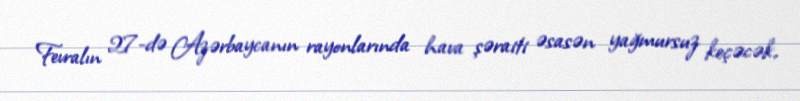
Fevralın 27-də Azərbaycanın rayonlarında hava şəraiti əsasən yağmursuz keçəcək,